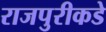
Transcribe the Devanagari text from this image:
राजपुरीकडे